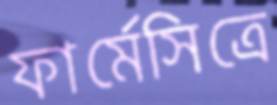
ফার্মেসিত্রে